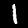
Digit: 1